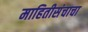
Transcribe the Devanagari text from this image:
माहितीसंचाचा